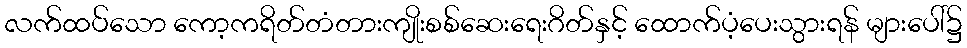
လက်ထပ်သော ကော့ကရိတ်တံတားကျိုးစစ်ဆေးရေးဂိတ်နှင့် ထောက်ပံ့ပေးသွားရန် များပေါ်၌